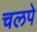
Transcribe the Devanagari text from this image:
चलपे